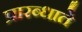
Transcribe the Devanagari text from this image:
प्रारब्धाते